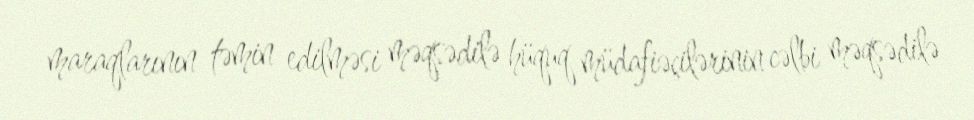
maraqlarının təmin edilməsi məqsədilə hüquq müdafiəçilərinin cəlbi məqsədilə